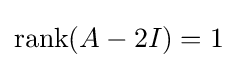
\operatorname {rank} (A-2I)=1